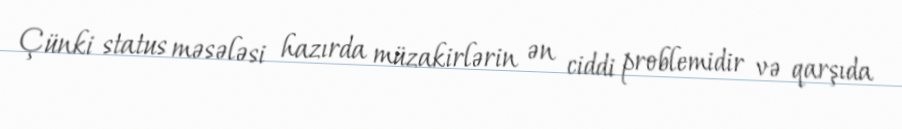
Çünki status məsələsi hazırda müzakirlərin ən ciddi problemidir və qarşıda